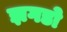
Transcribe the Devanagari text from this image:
झगडो